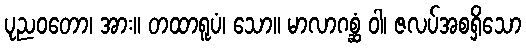
ပုညဝတော၊ အား။ တထာရူပံ၊ သော။ မာလာဂစ္ဆံ ဝါ၊ ဇလပ်အစရှိသော